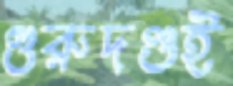
গুরুদণ্ডই